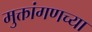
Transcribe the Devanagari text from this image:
मुक्तांगणच्या